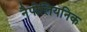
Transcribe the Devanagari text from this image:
नैपोलियनिक